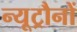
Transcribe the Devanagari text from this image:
न्यूट्रौनों